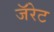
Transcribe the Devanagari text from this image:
जॅरेट